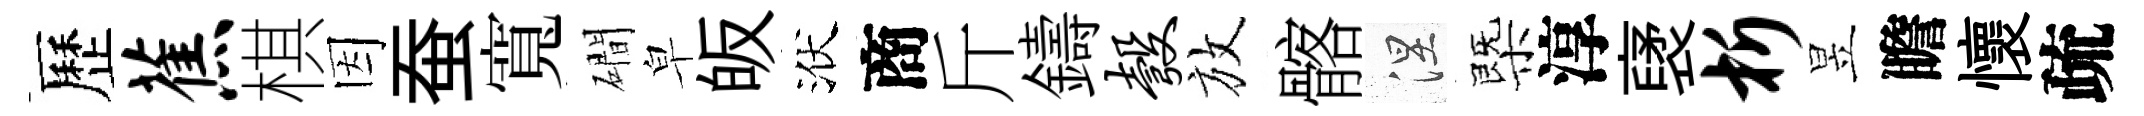
歷蕉棋因蚕寬磵皁皈洑商斤鑄彀放髂涅㮣淳裦析昱瞻懷疏